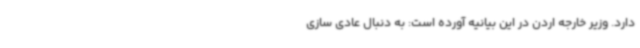
دارد. وزیر خارجه اردن در این بیانیه آورده است: به دنبال عادی سازی